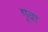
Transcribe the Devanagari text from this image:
गृवा